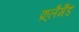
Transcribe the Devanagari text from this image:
फ़्लैमैंड